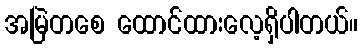
အမြဲတစေ ထောင်ထားလေ့ရှိပါတယ်။